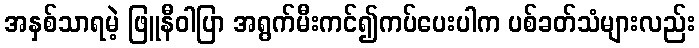
အနှစ်သာရမဲ့ ဖြူနီဝါပြာ အရွက်မီးကင်၍ကပ်ပေးပါက ပစ်ခတ်သံများလည်း